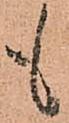
も